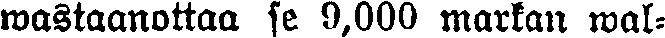
wastaanottaa se 9,000 markan wal-